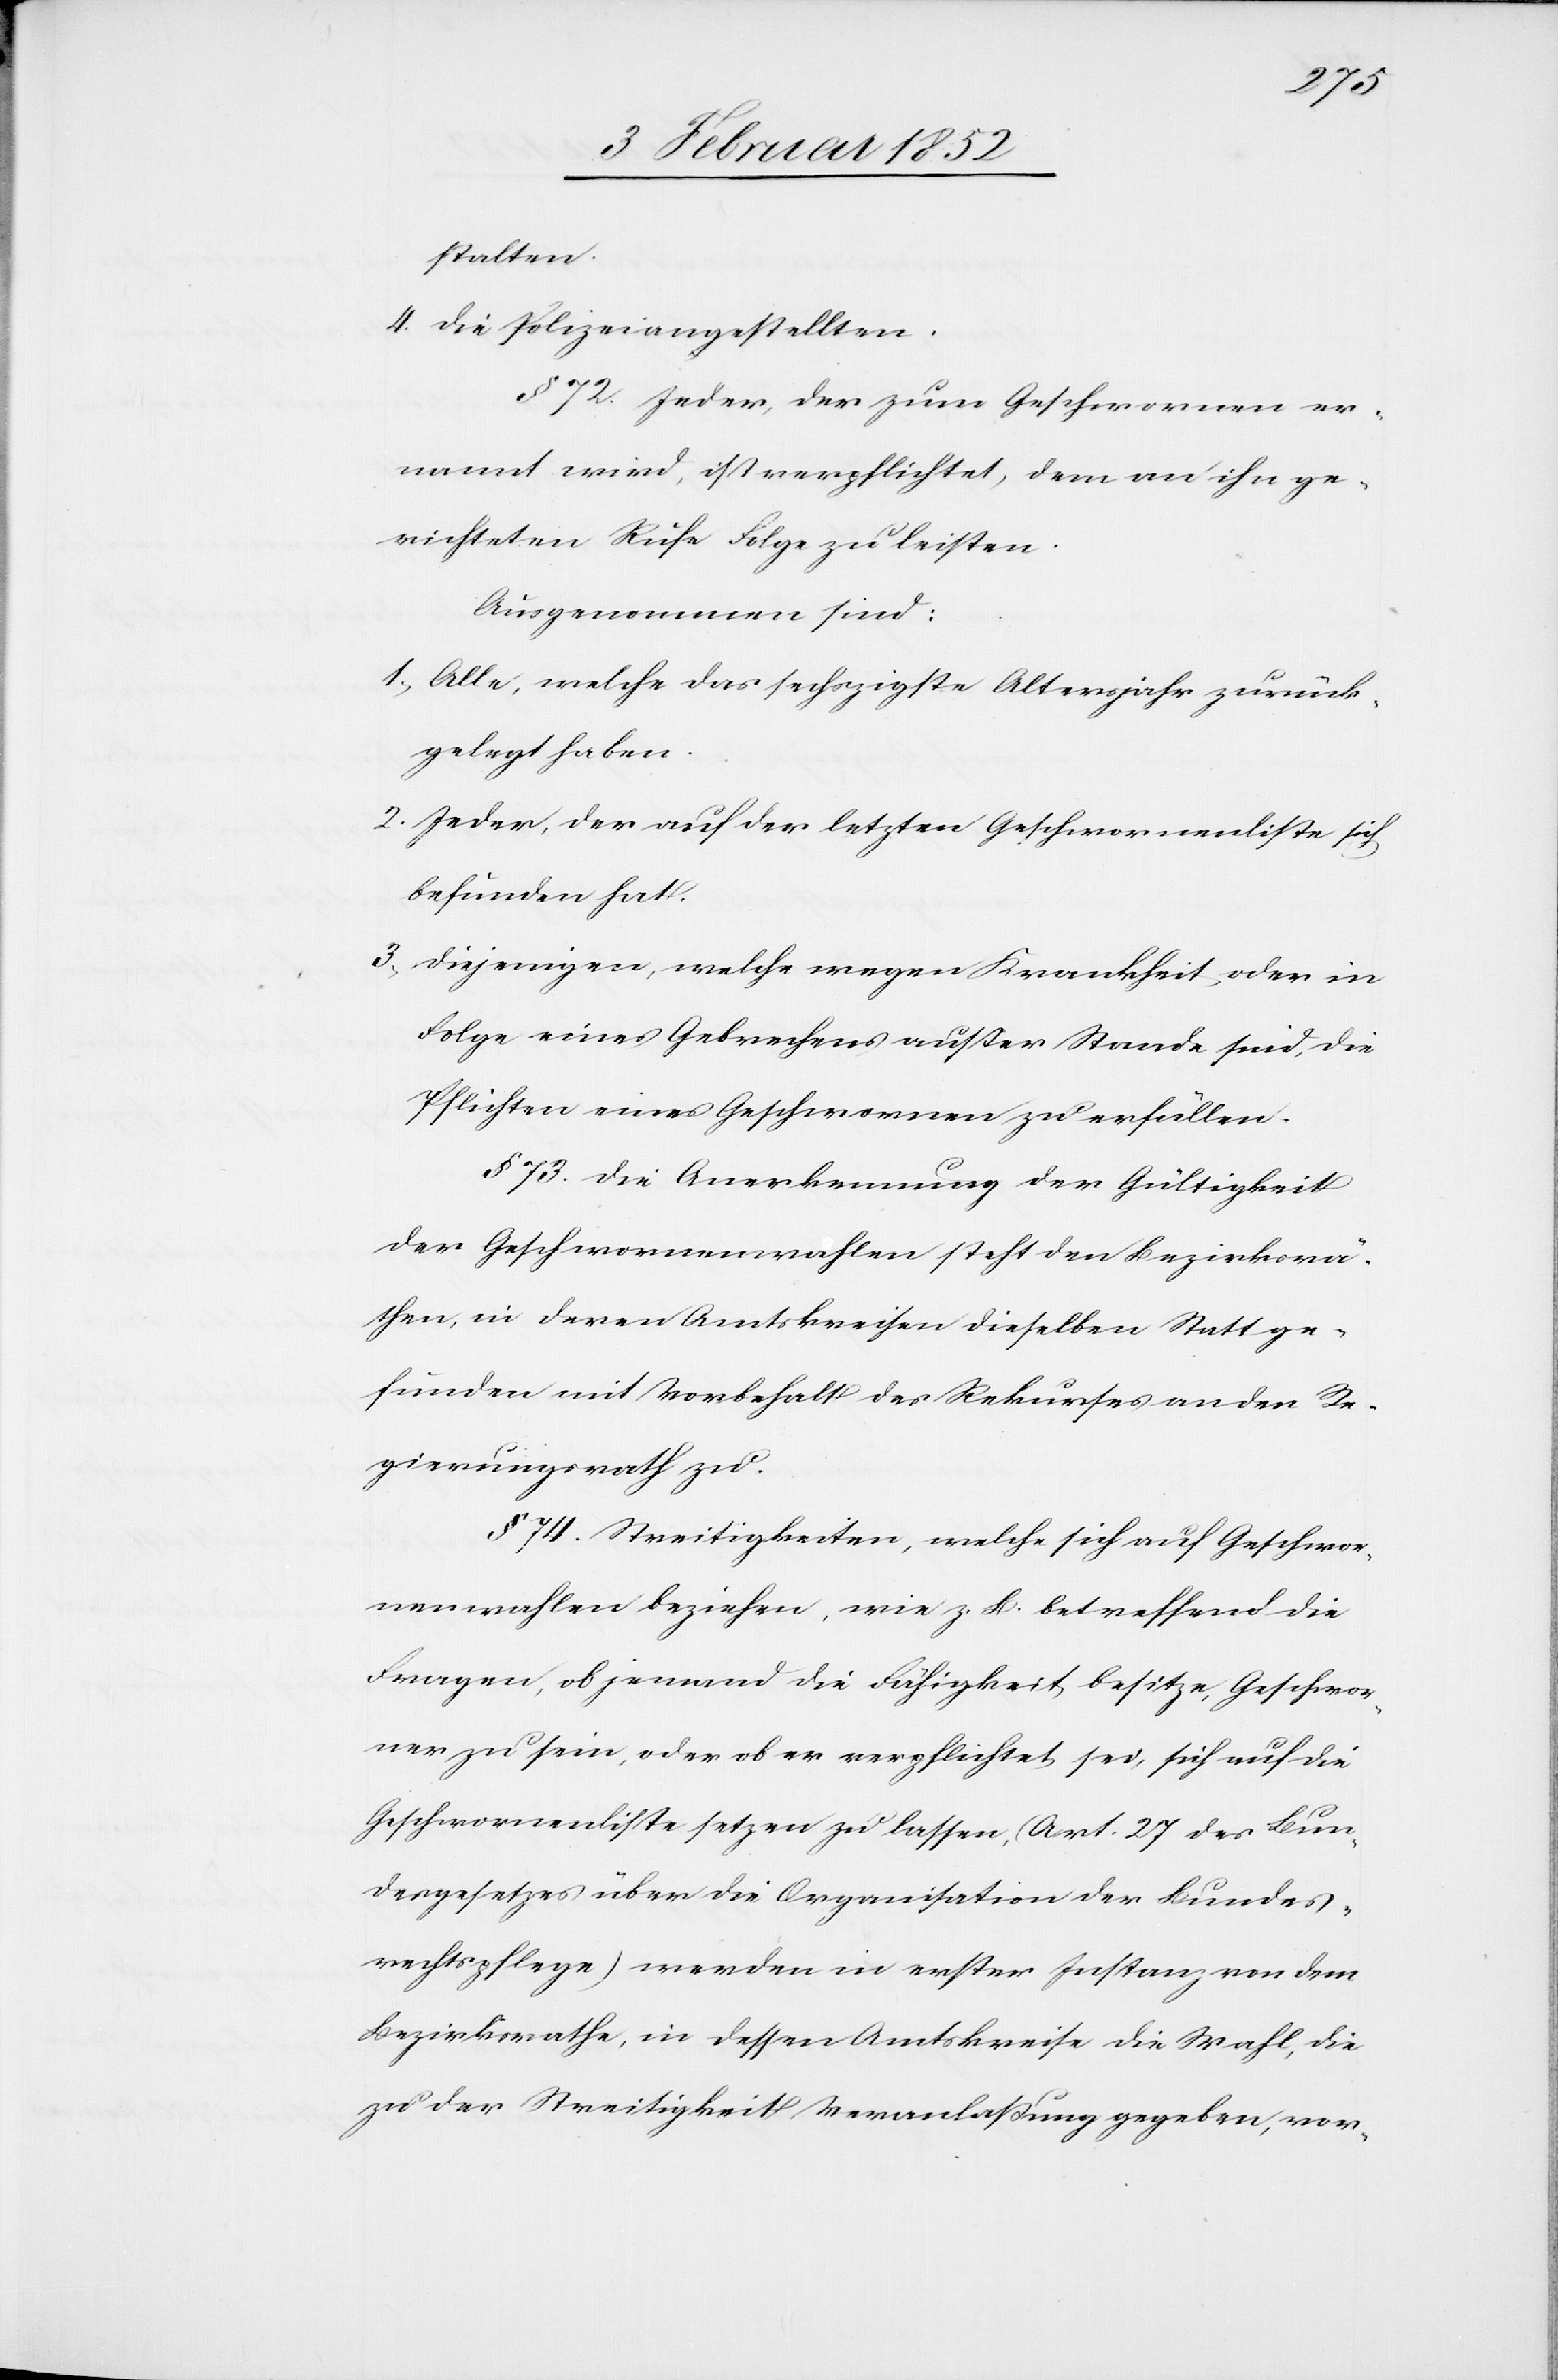
stalten.
4. Die Polizeiangestellten.
§ 72. Jeder, der zum Geschwornen er¬
nannt wird, ist verpflichtet, dem an ihn ge¬
richteten Rufe Folge zu leisten.
Ausgenommen sind:
1.) Alle, welche das sechzigste Altersjahr zurück¬
gelegt haben.
2. Jeder, der auf der letzten Geschwornenliste sich
befunden hat.
3.) Diejenigen, welche wegen Krankheit oder in
Folge eines Gebrechens außer Stande sind, die
Pflichten eines Geschwornen zu erfüllen.
§ 73. Die Anerkennung der Gültigkeit
der Geschwornenwahlen steht den Bezirksrä¬
then, in deren Amtskreisen dieselben Statt ge¬
funden mit Vorbehalt des Rekurses an den Re¬
gierungsrath zu.
§ 74. Streitigkeiten, welche sich auf Geschwor¬
nenwahlen beziehen, wie z. B. betreffend die
Fragen, ob jemand die Fähigkeit besitze, Geschwor¬
ner zu sein, oder ob er verpflichtet sei, sich auf die
Geschwornenliste setzen zu lassen, (Art. 27 des Bun¬
desgesetzes über die Organisation der Bundes¬
rechtspflege) werden in erster Instanz von dem
Bezirksrathe, in dessen Amtskreise die Wahl, die
zu der Streitigkeit Veranlaßung gegeben, vor-